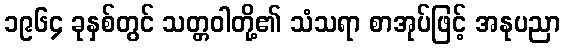
၁၉၆၄ ခုနှစ်တွင် သတ္တဝါတို့၏ သံသရာ စာအုပ်ဖြင့် အနုပညာ